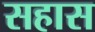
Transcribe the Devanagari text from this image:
सहास